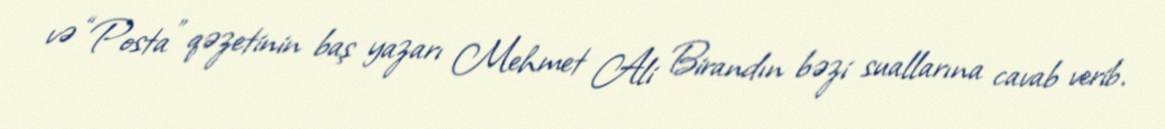
və “Posta” qəzetinin baş yazarı Mehmet Ali Birandın bəzi suallarına cavab verib.